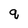
Character: q